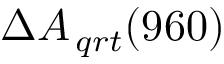
\Delta { { A _ { \, q r t } } ( 9 6 0 ) }